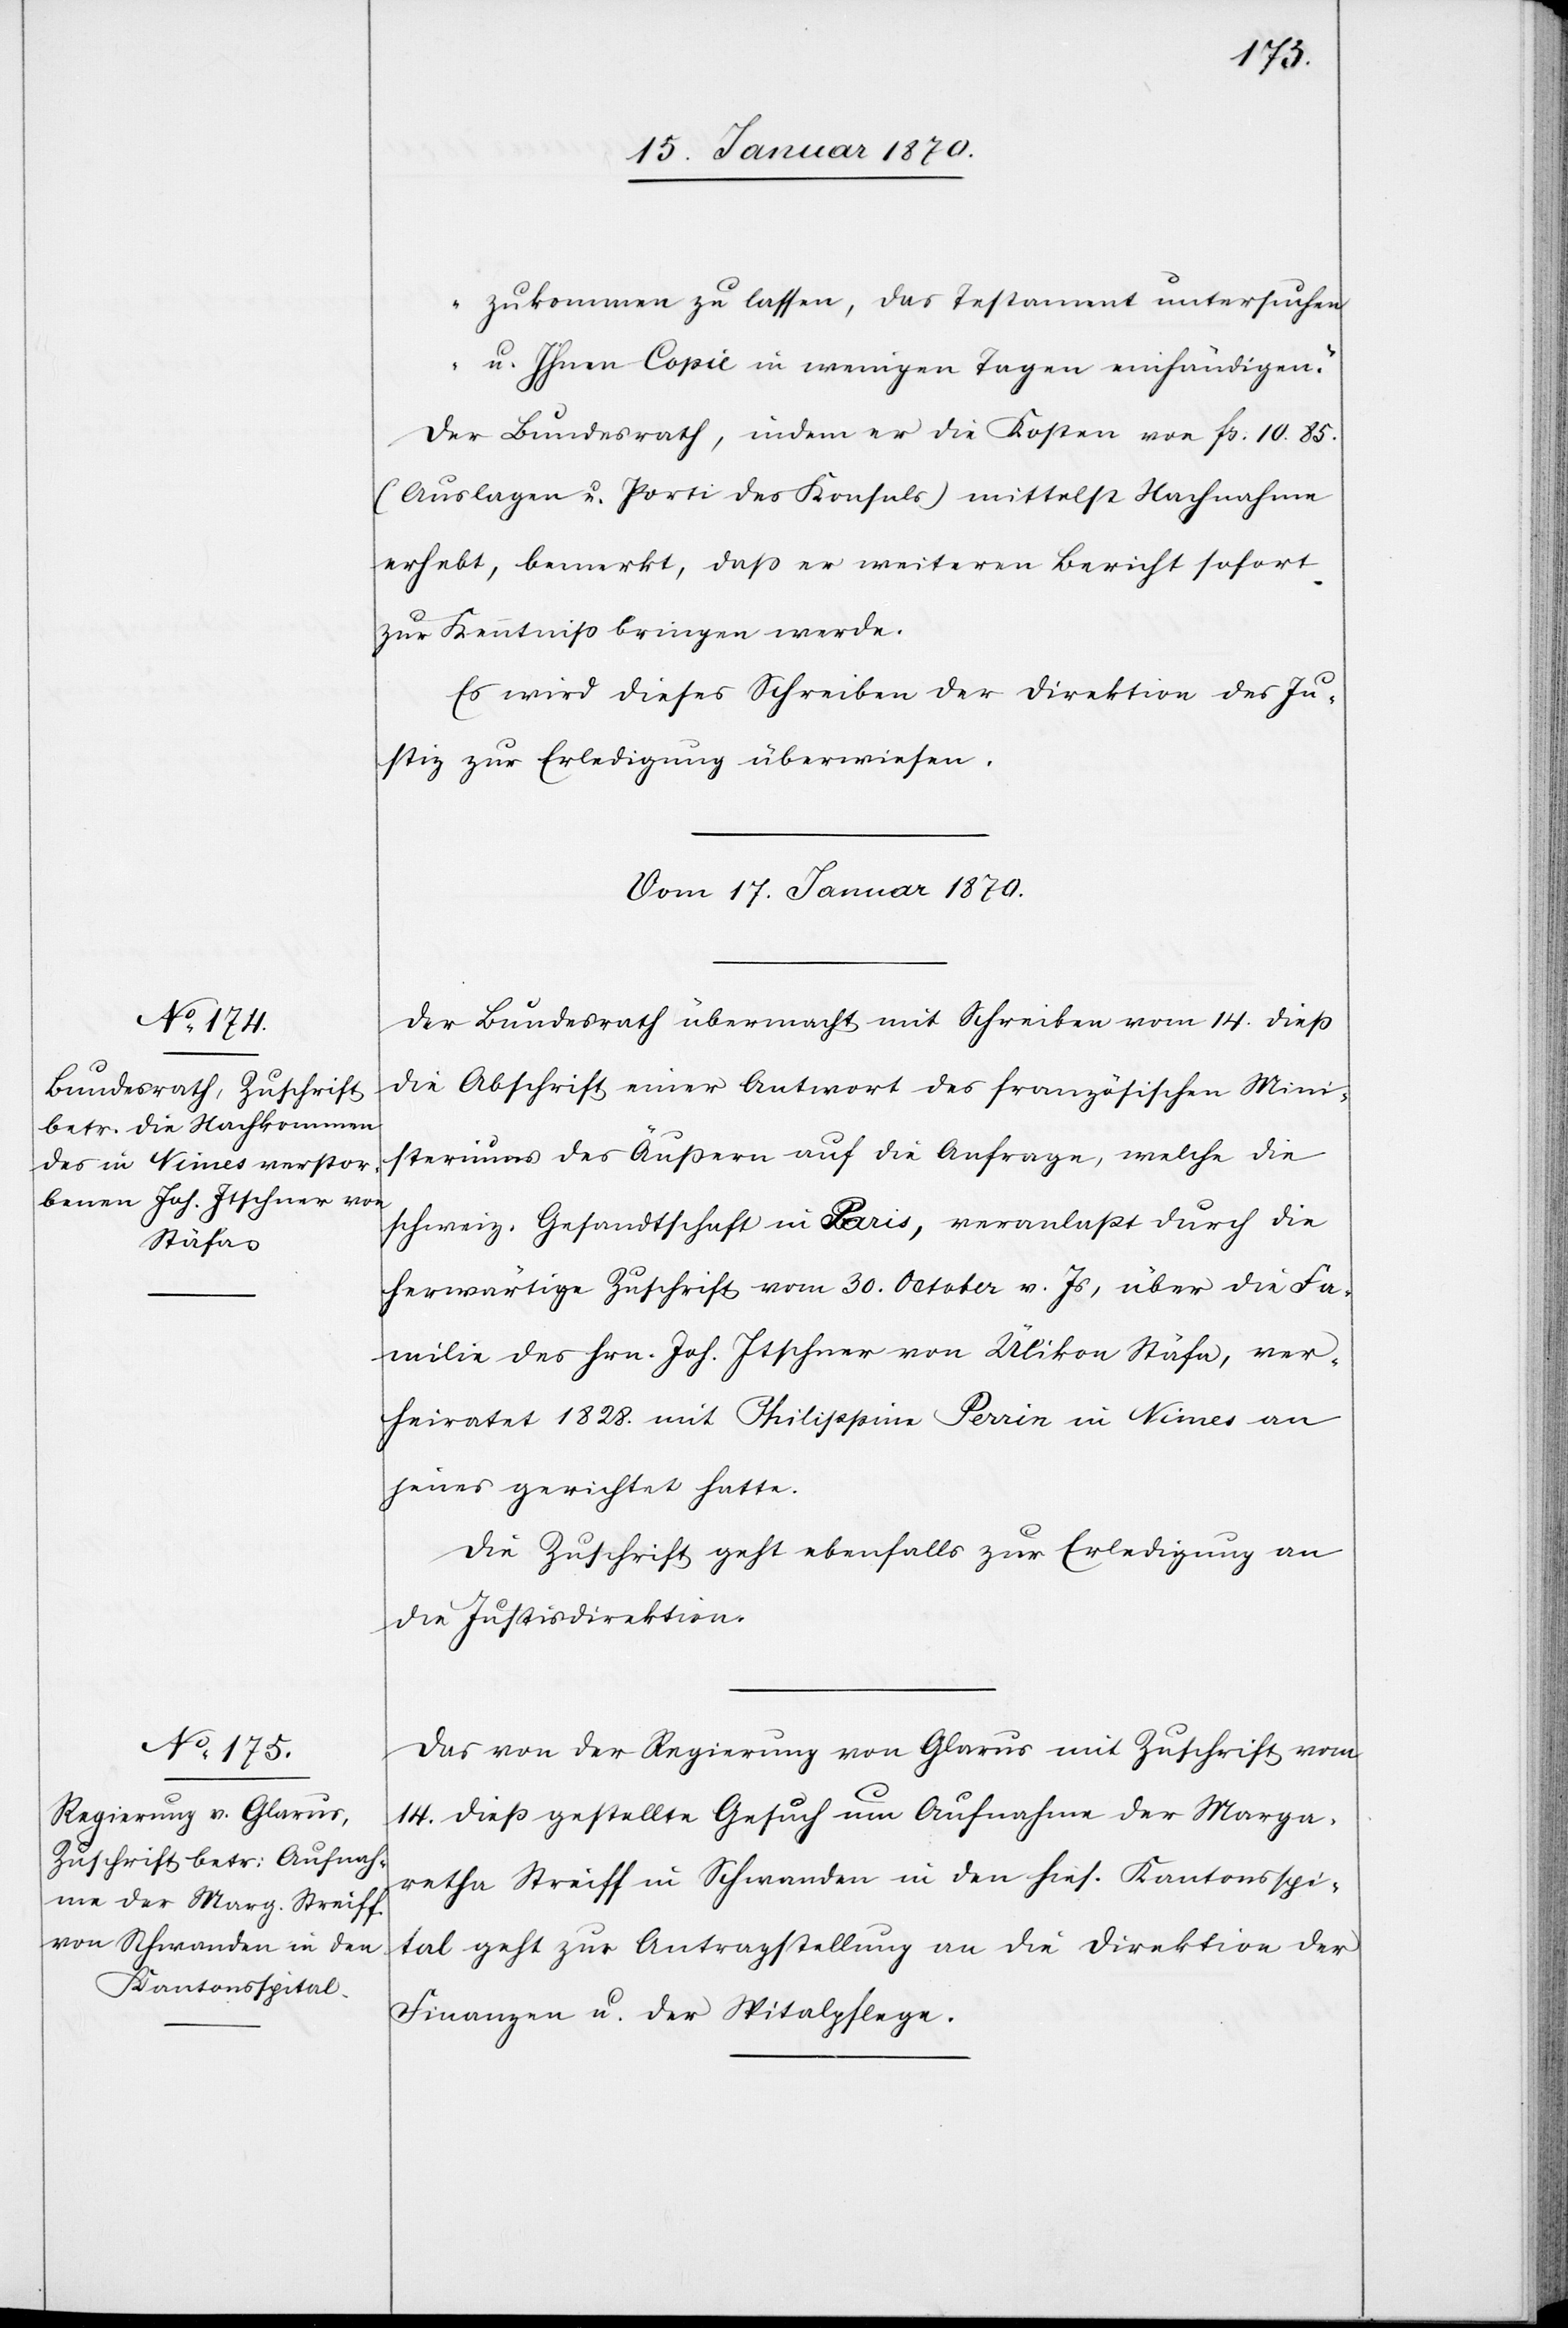
zukommen zu lassen, das Testament untersuchen
u. Ihnen Copie in wenigen Tagen einhändigen.“
Der Bundesrath, indem er die Kosten von fs. 10.85
(Auslagen u. Porti des Konsuls) mittelst Nachnahme
erhebt, bemerkt, daß er weiteren Bericht sofort
zur Kenntniß bringen werde.
Es wird dieses Schreiben der Direktion des
Justiz zur Erledigung überwiesen.
Vom 17. Januar 1870.]
Der Bundesrath übermacht mit Schreiben vom 14. dieß
die Abschrift einer Antwort des französischen Mini¬
steriums des Äußern auf die Anfrage, welche die
schweiz. Gesandtschaft in Paris, veranlaßt durch die
herwärtige Zuschrift vom 30. October v. Js, über die Fa¬
milie des Hrn. Joh. Itschner von Ülikon Stäfa, ver¬
heiratet 1828. mit Philippina Perrin in Nimes an
jenes gerichtet hatte.
Die Zuschrift geht ebenfalls zur Erledigung an
die Justisdirektion
Das von der Regierung von Glarus mit Zuschrift vom
14. dieß gestellte Gesuch um Aufnahme der Marga¬
retha Streiff in Schwanden in den hies. Kantonsspi¬
tal geht zur Antragstellung an die Direktion der
Finanzen u. der Spitalpflege.